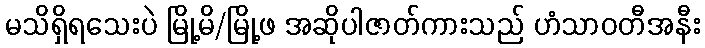
မသိရှိရသေးပဲ မြို့မိ/မြို့ဖ အဆိုပါဇာတ်ကားသည် ဟံသာဝတီအနီး